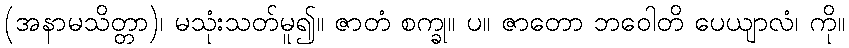
(အနာမသိတ္တာ)၊ မသုံးသတ်မူ၍။ ဇာတံ စက္ခု။ ပ။ ဇာတော ဘဝေါတိ ပေယျာလံ၊ ကို။